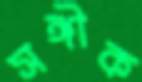
সঙ্গীক